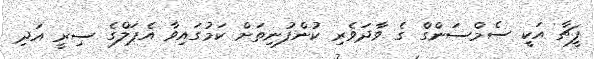
ފީޗާ އަކީ ސެމްސަންގް ގެ ވާދަވެރި ކުންފުނިތަށް ކަމުގައިވާ އެޕަލްގެ ސިރީ އަދި